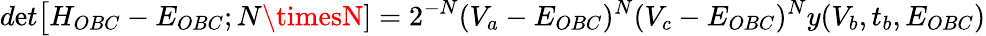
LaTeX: d\mathrm{e}t\big[H_{OBC}-E_{OBC};N\timesN]=2^{-N}(V_{a}-E_{OBC})^{N}(V_{c}-E_{OBC})^{N}y(V_{b},t_{b},E_{OBC})